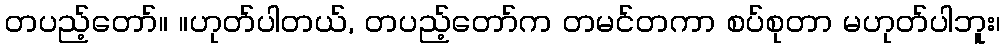
တပည့်တော်။ ။ဟုတ်ပါတယ်, တပည့်တော်က တမင်တကာ စပ်စုတာ မဟုတ်ပါဘူး၊